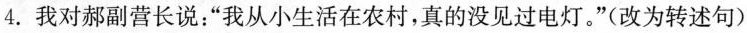
4.我对郝副营长说：”我从小生活在农村，真的没见过电灯。”(改为转述句)